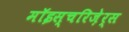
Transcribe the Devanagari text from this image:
मॉइस्चरिज़ेर्स